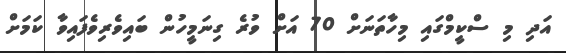
އަދި މި ސްކީމްގައި މިހާތަނަށް 70 އަށް ވުރެ ގިނަމީހުން ބައިވެރިވެފައިވާ ކަމަށް